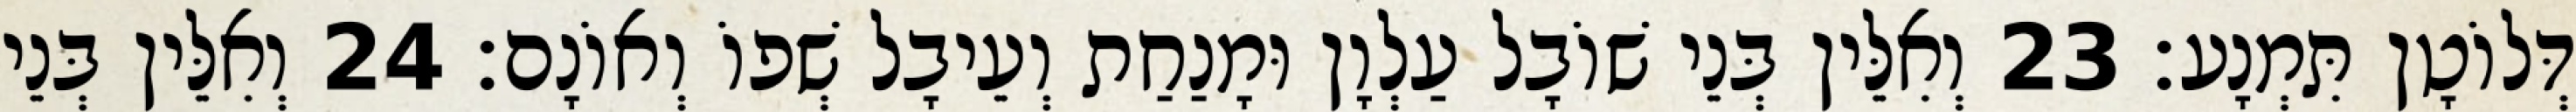
דְּלוֹטָן תִּמְנָע׃ 23 וְאִלֵּין בְּנֵי שׁוֹבָל עַלְוָן וּמָנַחַת וְעֵיבָל שְׁפוֹ וְאוֹנָם׃ 24 וְאִלֵּין בְּנֵי